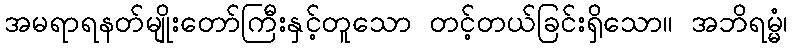
အမရာရနတ်မျိုးတော်ကြီးနှင့်တူသော တင့်တယ်ခြင်းရှိသော။ အဘိရမ္မံ၊